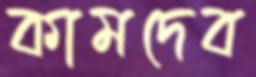
কামদেব